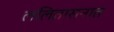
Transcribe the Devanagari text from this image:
ललितासनात